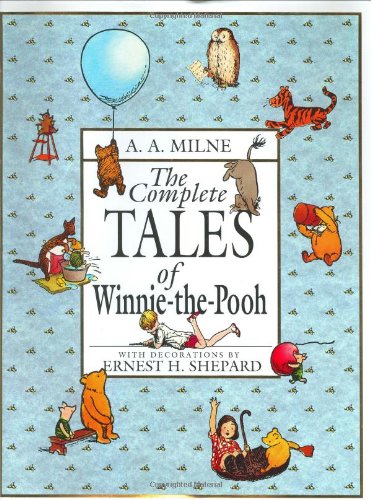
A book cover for The Complete Tales of Winnie-the-Pooh; A. A. Milne; Children's Books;